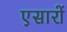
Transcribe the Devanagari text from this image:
एसारों